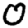
Digit: 0